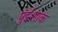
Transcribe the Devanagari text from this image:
पुंईशाक